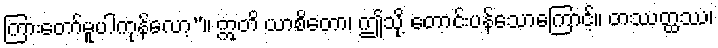
ကြားတော်မူပါကုန်လော့”။ ဣတိ ယာစိတော၊ ဤသို့ တောင်းပန်သောကြောင့်။ တဿတ္ထဿ၊